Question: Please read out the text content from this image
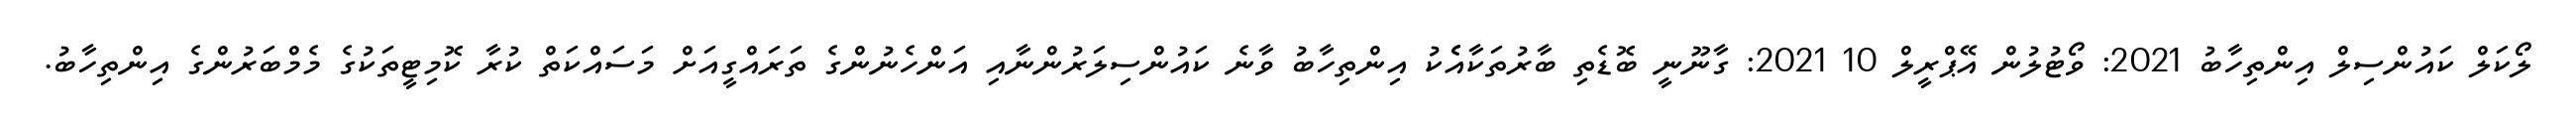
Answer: ލޯކަލް ކައުންސިލް އިންތިހާބު 2021: ވޯޓުލުން އޭޕްރީލް 10 2021: ގާނޫނީ ބޮޑެތި ބާރުތަކާއެެކު އިންތިހާބު ވާނެ ކައުންސިލަރުންނާއި އަންހެނުންގެ ތަރައްގީއަށް މަސައްކަތް ކުރާ ކޮމިޓީތަކުގެ މެމްބަރުންގެ އިންތިހާބު.